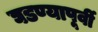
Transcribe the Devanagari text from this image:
घडण्यापूर्वी